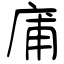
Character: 庯